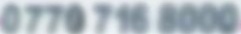
0770 716 8000